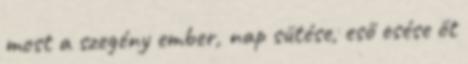
most a szegény ember, nap sütése, eső esése őt